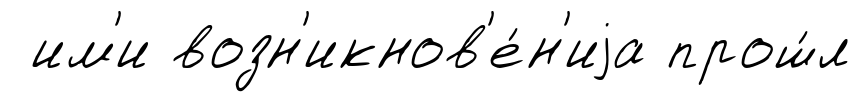
им'и возн'икнов'е́н'иjа прош́л